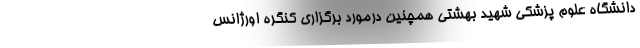
دانشگاه علوم پزشکی شهید بهشتی همچنین درمورد برگزاری کنگره اورژانس